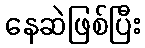
နေဆဲဖြစ်ပြီး